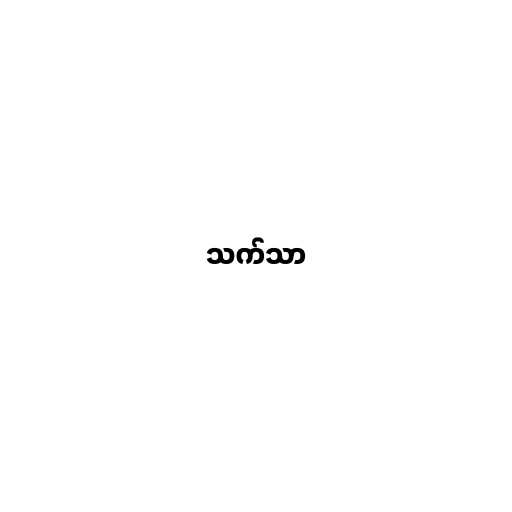
သက်သာ